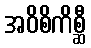
အဝိစိကိစ္ဆီ